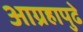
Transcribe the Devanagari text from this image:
आग्रहापुढे